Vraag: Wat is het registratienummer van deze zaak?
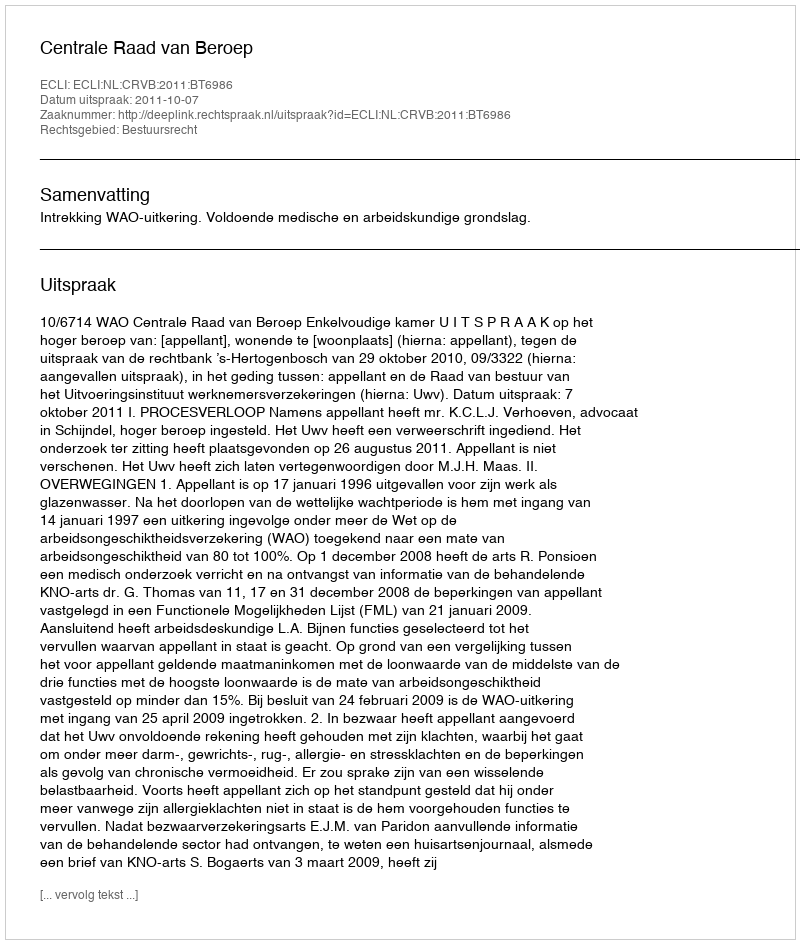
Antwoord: http://deeplink.rechtspraak.nl/uitspraak?id=ECLI:NL:CRVB:2011:BT6986